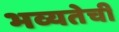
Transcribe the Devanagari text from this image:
भव्यतेची